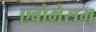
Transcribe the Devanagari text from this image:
एबोमेसम्